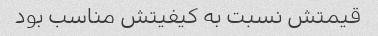
قیمتش نسبت به کیفیتش مناسب بود